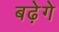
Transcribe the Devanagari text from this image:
बढ़ेगे